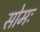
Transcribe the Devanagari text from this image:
सोमः